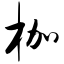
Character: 枷